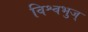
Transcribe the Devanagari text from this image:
विश्वभुज्‌